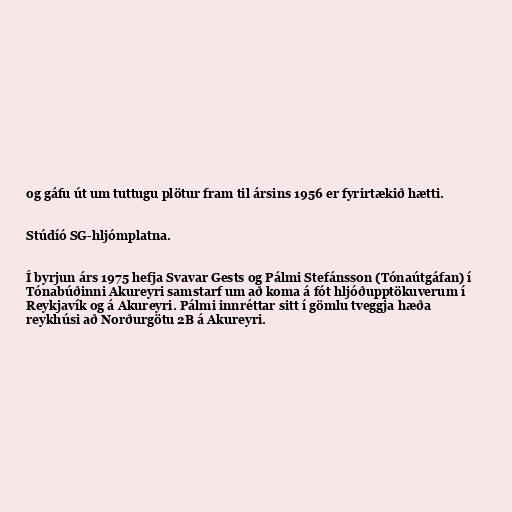
og gáfu út um tuttugu plötur fram til ársins 1956 er fyrirtækið hætti.

Stúdíó SG-hljómplatna.

Í byrjun árs 1975 hefja Svavar Gests og Pálmi Stefánsson (Tónaútgáfan) í
Tónabúðinni Akureyri samstarf um að koma á fót hljóðupptökuverum í
Reykjavík og á Akureyri. Pálmi innréttar sitt í gömlu tveggja hæða
reykhúsi að Norðurgötu 2B á Akureyri.